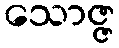
သောဇ္ဇ